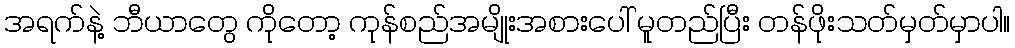
အရက်နဲ့ ဘီယာတွေ ကိုတော့ ကုန်စည်အမျိုးအစားပေါ် မူတည်ပြီး တန်ဖိုးသတ်မှတ်မှာပါ။